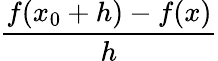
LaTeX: \frac{f(x_{0}+h)-f(x)}{h}